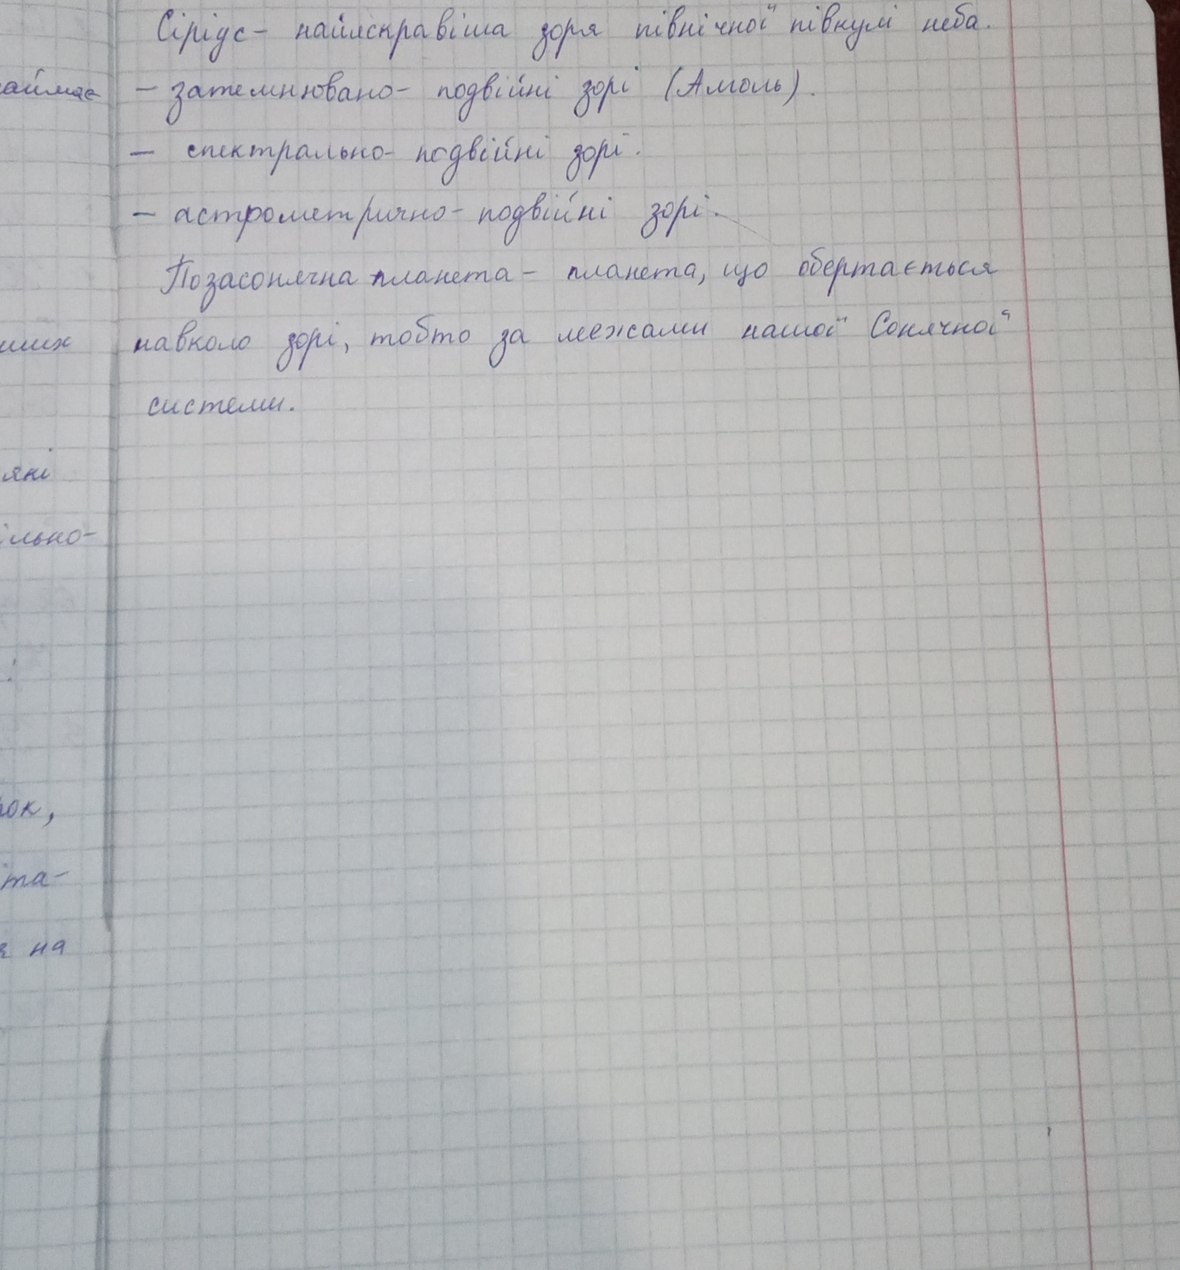
Сіріус - найяскравіша зоря північної півкулі неба.
-затемнювано - подвійні зорі (Амоль).
- спектрально- подвійні зорі.
- астрометрично-подвійні зорі.
Позасонячна планета - планета, що обертається
навколо зорі, тобто за межами нашої Сонячної
системи.
які